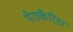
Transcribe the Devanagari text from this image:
पेराकैरिडा